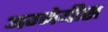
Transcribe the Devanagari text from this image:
अग्नेयीस